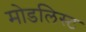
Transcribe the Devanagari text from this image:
मोडलिस्ट